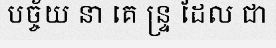
បច្ច័យ នា គេ ន្ទ្រ ដែល ជា